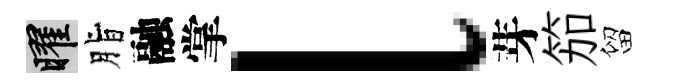
曜脂融掌l芽笳留